Medical and sanitary report of the native army of Bengal for the year
Year: 1874
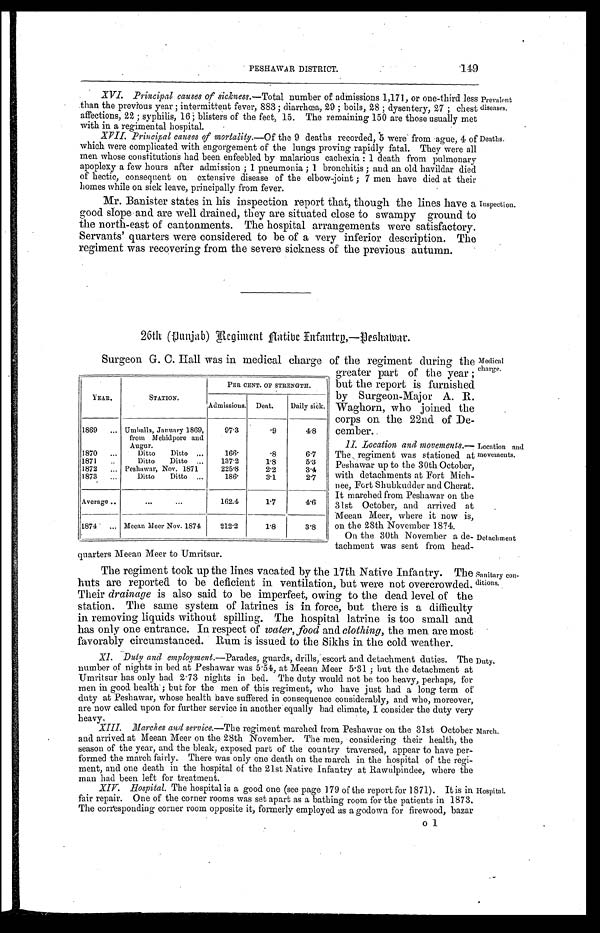
PESHAWAR DISTRICT.
149
XVI. Principal causes of sickness.—Total number of admissions 1,171, or one-third less
than the previous year; intermittent fever, 883; diarrhœa, 29; boils, 28; dysentery, 27; chest
affections, 22; syphilis, 16; blisters of the feet, 15. The remaining 150 are those usually met
with in a regimental hospital.
XVII. Principal causes of mortality.— Of the 9 deaths recorded, 5 were from ague, 4 of
which were complicated with engorgement of the lungs proving rapidly fatal. They were all
men whose constitutions had been enfeebled by malarious cachexia: 1 death from pulmonary
apoplexy a few hours after admission; 1 pneumonia; 1 bronchitis; and an old havildar died
of hectic, consequent on extensive disease of the elbow-joint; 7 men have died at their
homes while on sick leave, principally from fever.
Mr. Banister states in his inspection report that, though the lines have a
good slope and are well drained, they are situated close to swampy ground to
the north-east of cantonments. The hospital arrangements were satisfactory.
Servants' quarters were considered to be of a very inferior description. The
regiment was recovering from the severe sickness of the previous autumn.
Prevalent
diseases.
Deaths.
Inspection.
26th (Punjab) Regiment native Infantry,—Peshawar.
Surgeon G. C. Hall was in medical charge of the regiment during the
greater part of the year;
but the report is furnished
by Surgeon-Major A. R.
Waghorn, who joined the
corps on the 22nd of De
-cember.
II. Location and movements.
— T h e r e g i m e n t w a s s t a t i o n e d a t
Peshawar up to the 30th October,
with detachments at Fort Mich
- n e e , F o r t S h u b k u d d e r a n d C h e r a t .
It marched from Peshawar on the
31st October, and arrived at
Meean Meer, where it now is,
on the 28th November 1874.
On the 30th November a de
-tachment was sent from head
- q u a r t e r s M e e a n M e e r t o U m r i t s u r .
The regiment took up the lines vacated by the 17th Native Infantry. The
huts are reported to be deficient in ventilation, but were not overcrowded.
Their drainage is also said to be imperfeet, owing to the dead level of the
station. The same system of latrines is in force, but there is a difficulty
in removing liquids without spilling. The hospital latrine is too small and
has only one entrance. In respect of water, food and clothing, the men are most
favorably circumstanced. Rum is issued to the Sikhs in the cold weather.
XI. Duty and employment.—Parades, guards, drills, escort and detachment duties. The
number of nights in bed at Peshawar was 5.54, at Meean Meer 5.31; but the detachment at
Umritsur has only had 2.73 nights in bed. The duty would not be too heavy, perhaps, for
men in good health; but for the men of this regiment, who have just had a long term of
duty at Peshawar, whose health have suffered in consequence considerably, and who, moreover,
are now called upon for further service in another equally bad climate, I consider the duty very
heavy.
XIII. Marches and service. —The regiment marched from Peshawur on the 31st October
and arrived at Meean Meer on the 28th November. The men, considering their health, the
season of the year, and the bleak, exposed part of the country traversed, appear to have per-
formed the march fairly. There was only one death on the march in the hospital of the regi-
ment, and one death in the hospital of the 21st Native Infantry at Rawulpindee, where the
man had been left for treatment.
XIV. Hospital. The hospital is a good one (see page 179 of the report for 1871). It is in
fair repair. One of the corner rooms was set apart as a bathing room for the patients in 1873.
The corresponding corner room opposite it, formerly employed as a godown for firewood, bazar
o
YEAR.
STATION.
PER CENT. OF STRENGTH.
Admissions. Deat. Daily sick.
1869
Umballa, January 1869,
from Mehidpore and
Augur.
97.3
.9
4.8
1870
Ditto Ditto
166.
.8
6.7
1871
Ditto Ditto
137.2
1 . 8
5.3
1872
Peshawar, Nov. 1871
225.8
2.2
3.4
1873
Ditto Ditto
186.
3.1
2 . 7
Average
162.4
1.7
4 . 6
1874
Meean Meer Nov. 1874 212.2
1 . 8
3.8
Medical
charge.
Location and
movements.
Detachment
Sanitary con
-
ditions.
Duty.
March.
Hospital.